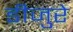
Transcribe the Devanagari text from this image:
डीजुरे